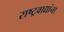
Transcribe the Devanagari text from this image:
राष्ट्रवाद्यांना